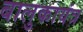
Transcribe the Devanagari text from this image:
बालुकायंत्र